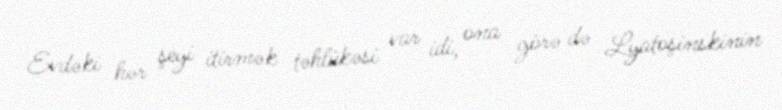
Evdəki hər şeyi itirmək təhlükəsi var idi, ona görə də Lyatoşinskinin